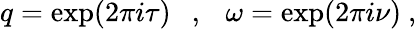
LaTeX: q=\exp(2\pi i\tau)~~~,~~~\omega=\exp(2\pi i\nu)~,